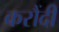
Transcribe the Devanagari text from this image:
करौंदी